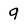
Character: q